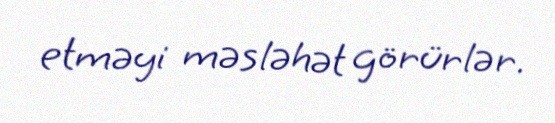
etməyi məsləhət görürlər.